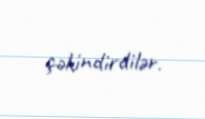
çəkindirdilər.